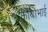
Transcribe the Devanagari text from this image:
कोयाभाई